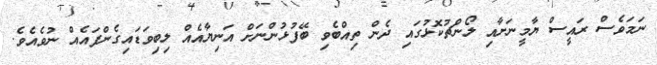
ނަމަވެސް ރައީސް ޔާމީނަށާއި ލޯންޗުކޮޅުގައި ދެން ތިއްބެވި ބޭފުޅުންނަށް އަނިޔާއެއް ލިބިވަޑައިގެންފައެއް ނުވެއެވެ.